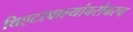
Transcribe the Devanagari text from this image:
थिएटरवाल्यांबरोबरच